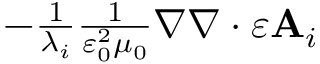
\begin{array} { r } { - \frac { 1 } { \lambda _ { i } } \frac { 1 } { \varepsilon _ { 0 } ^ { 2 } \mu _ { 0 } } \nabla \nabla \cdot \varepsilon \mathbf { A } _ { i } } \end{array}